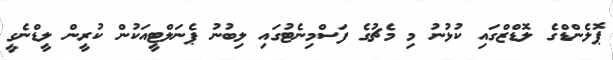
ޕޮލެންޑްގެ ލޮޑްޒްގައި ކުޅުނު މި މެޗުގެ ފަސްމިނެޓުގައި ލިބުނު ޕެނަލްޓީއަކުން ކުރީން ލީޑްނެގީ